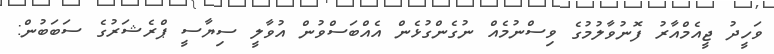
ވަހީދު ޖީއެމްއާރު ފޮނުވާލުމުގެ ވިސްނުމެއް ނުގެންގުޅެން އެއްބަސްވުން އުވާލީ ސިޔާސީ ޕްރެޝަރުގެ ސަބަބުން: